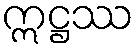
ဣဋ္ဌဿ